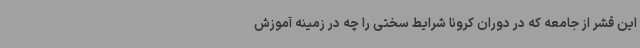
این قشر از جامعه که در دوران کرونا شرایط سختی را چه در زمینه آموزش